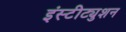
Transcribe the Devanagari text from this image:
इंस्टीट्युशन